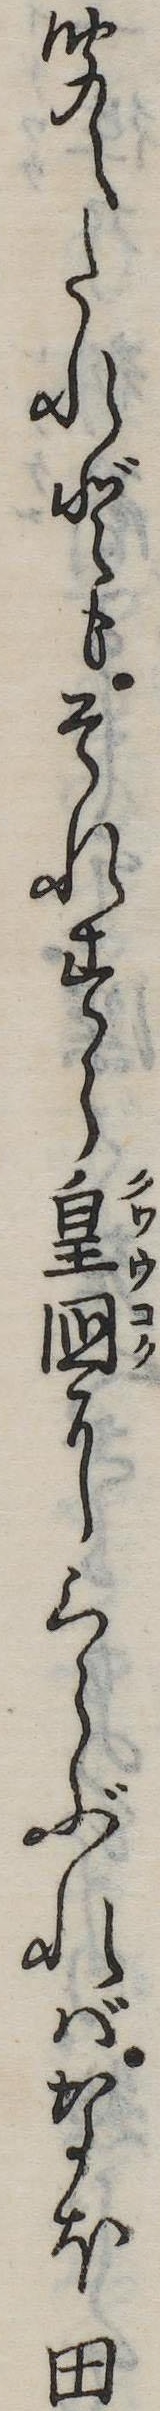
聞えたれどもそれすら皇国にくらぶればなほ田